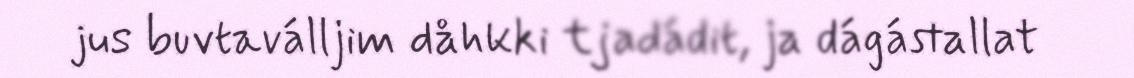
jus buvtaválljim dåhkki tjadádit, ja dágástallat